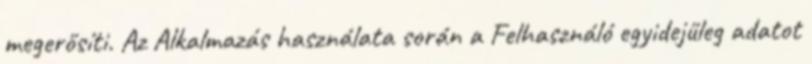
megerősíti. Az Alkalmazás használata során a Felhasználó egyidejűleg adatot